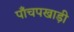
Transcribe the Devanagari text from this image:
पाँचपखाड़ी